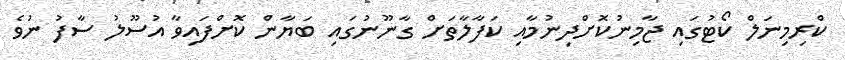
ކްރިމިނަލް ކޯޓުގައި ޖާމިނުކޮށްދިނުމާއި ކަފާލާތަށް ގާނޫނުގައި ބަޔާން ކޮށްފައިވާ އުސޫލު ސާފު ނުވެ